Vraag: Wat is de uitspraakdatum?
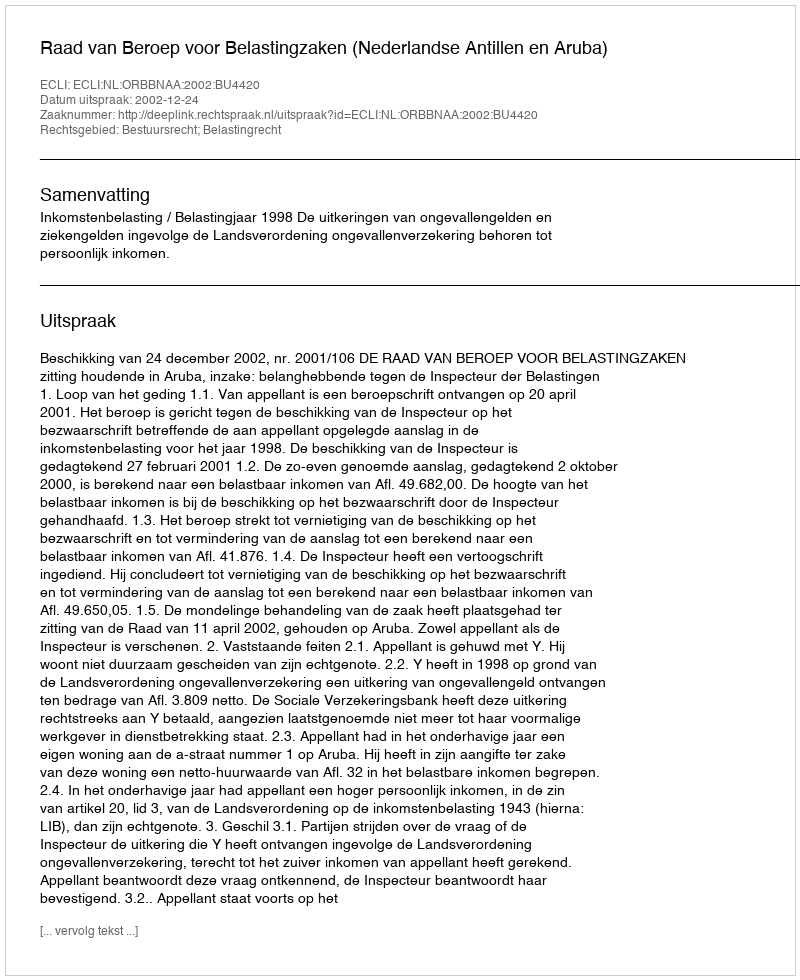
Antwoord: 2002-12-24